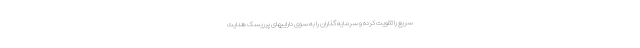
سریع را تقویت کرده و سرمایه گذاران را به سوی داراییهای پرریسک هدایت